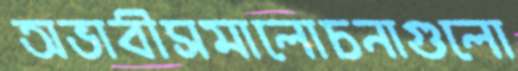
অভাবীসমালোচনাগুলো